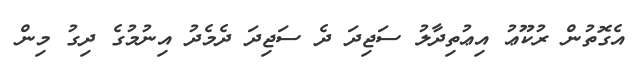
އެގޮތުން ރުކޫޢު އިޢުތިދާލު ސަޖިދަ ދެ ސަޖިދަ ދެމެދު އިނުމުގެ ދިގު މިން